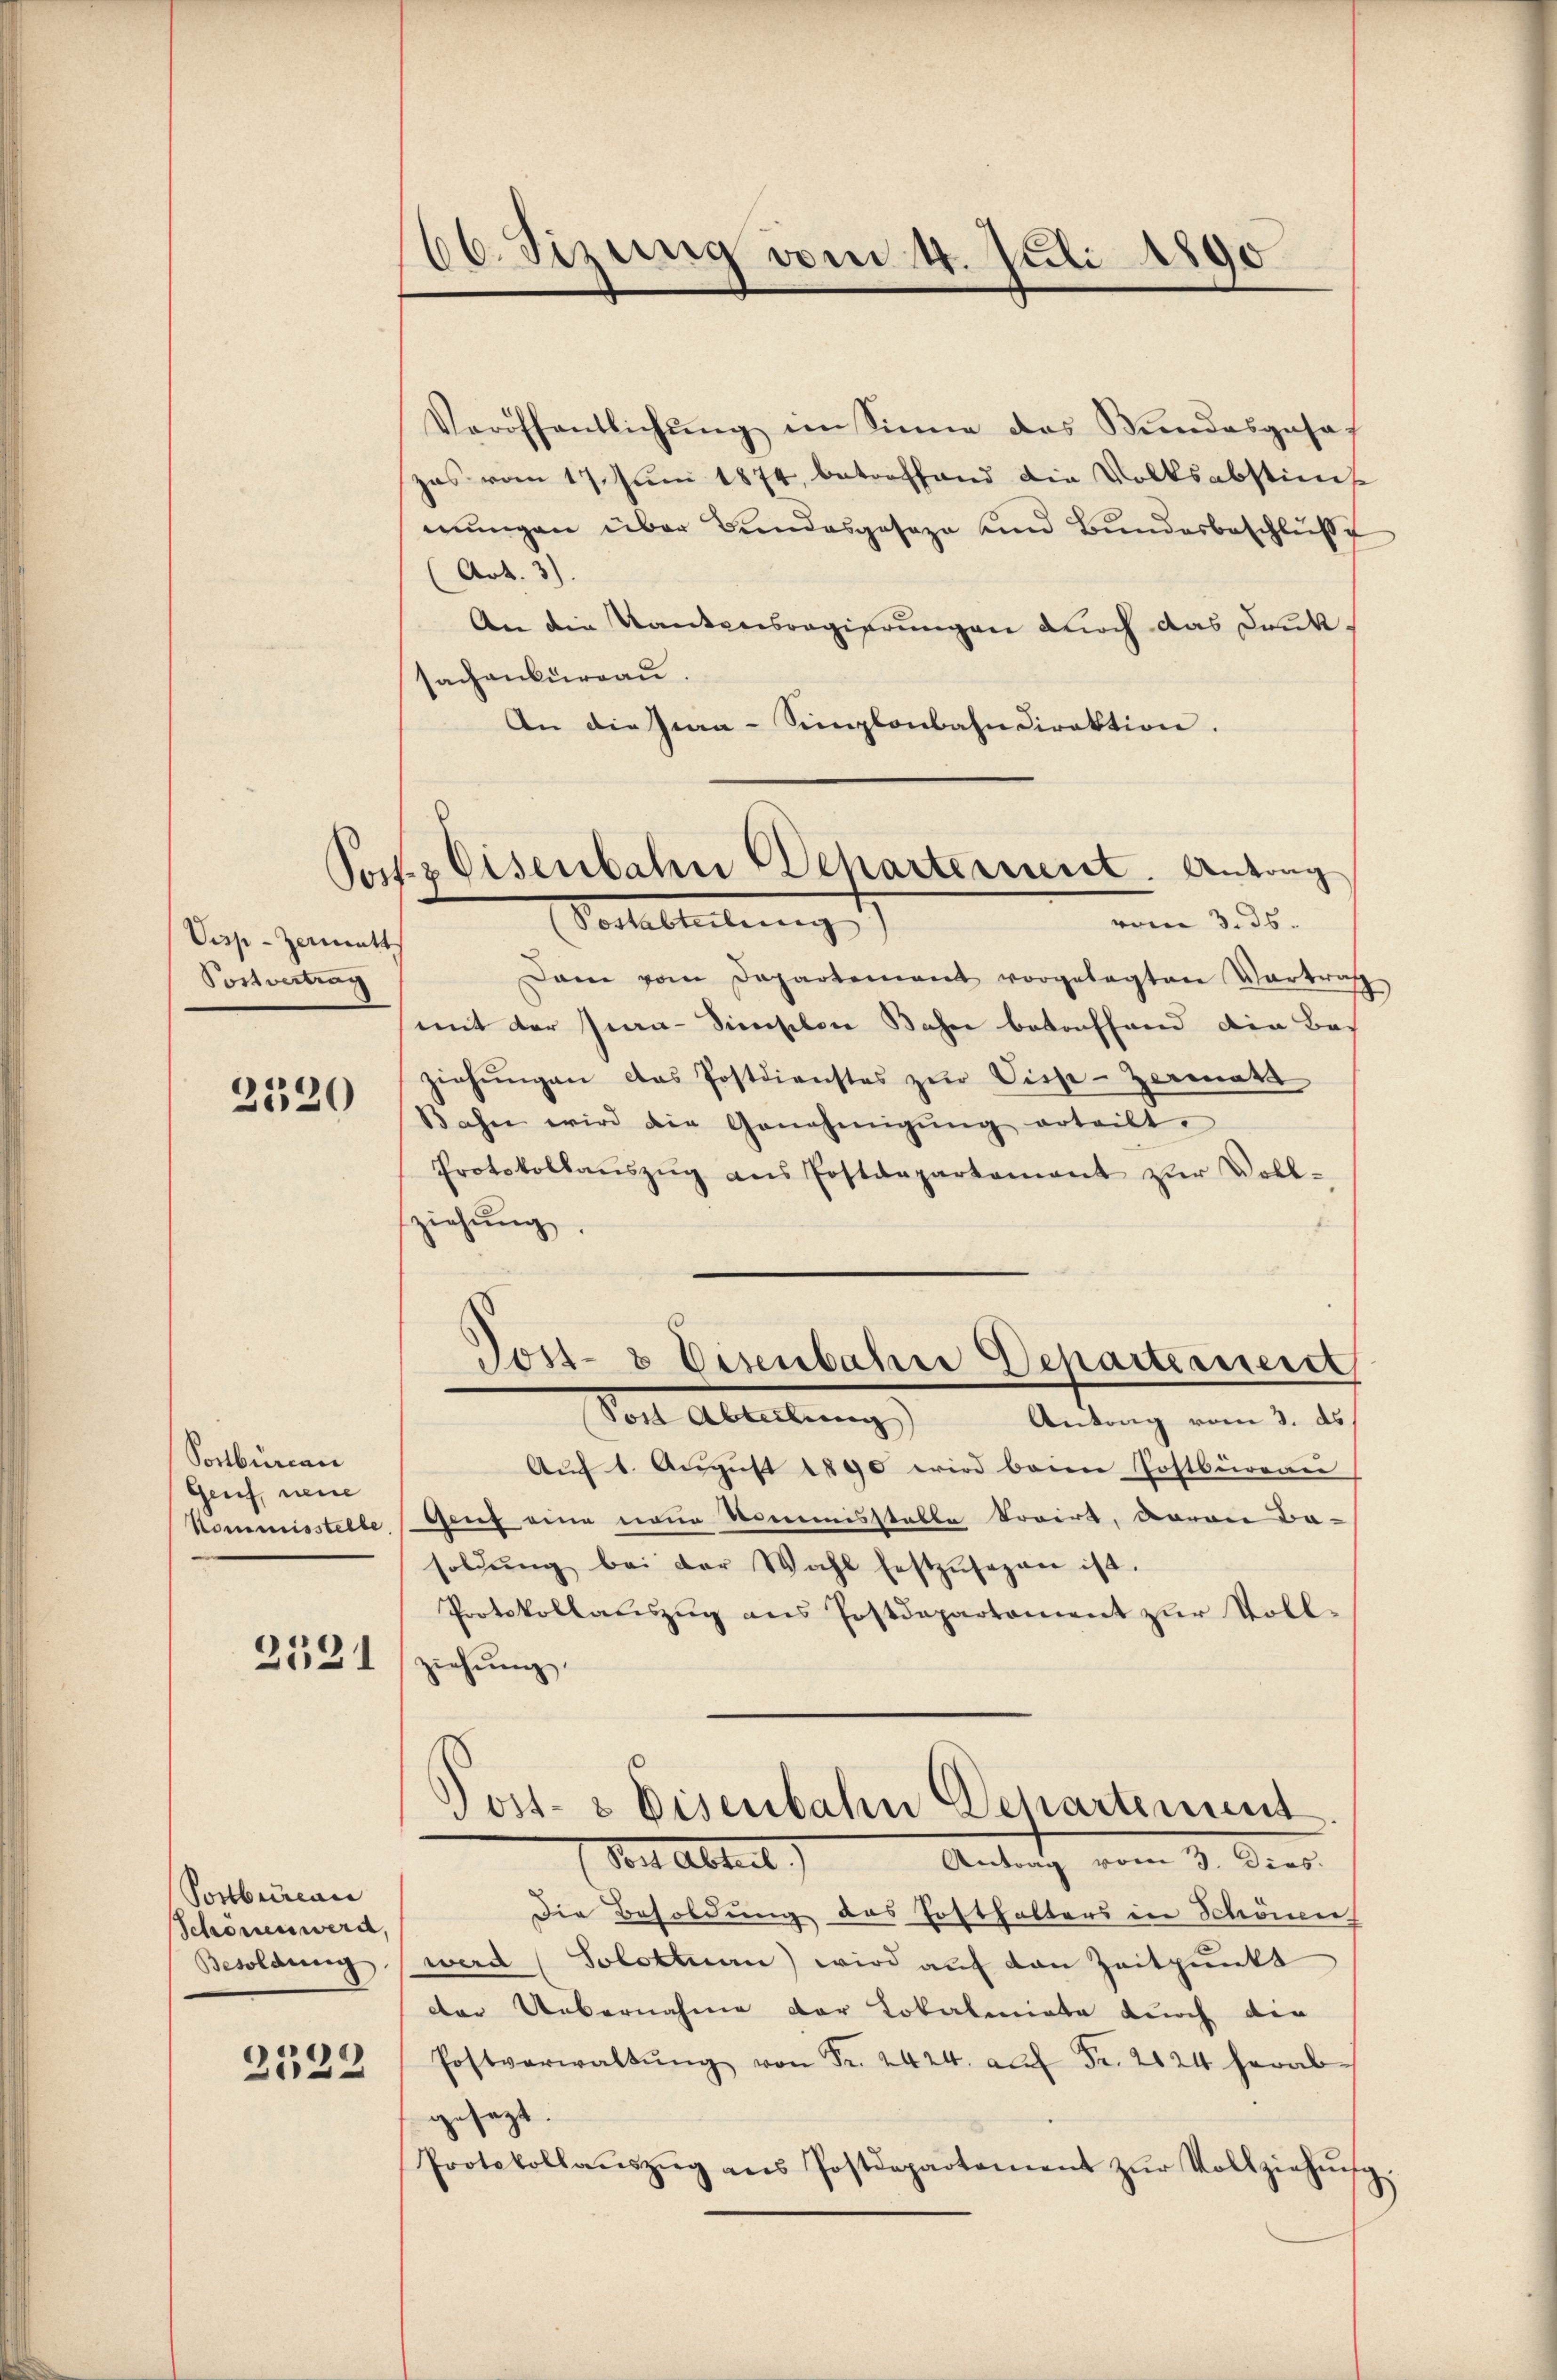
Visp-Zermatt
Sonvertung
2320

Postbüreau
Genf, neue
Kommisstelle

2121

Portbrican
Schonen werd,
Besoldung
2522

66. Sizung vom 4. Juli 1890

Posts Eisenbahn Departement. Antrag
Vorstelleitung 1.)
vom 3. ds.

Veröffentlichŭng im Sinne das Bundesgesa
zas vom 17. Jŭni 1874, betreffend die Volksabstimt
mungen über Bundesgeseze und Bundesbeschluße
(Art. 3).
An die Kantonsregierungen durch das Danksachenkurrau
An die Pra-Simlonbahndirektion.
Dam vom Departement vorgelegten Vortrag
mit der Jia-Sinischon Bahn betonfhand die Bas
ziehŭngen das Postdienstes zŭr Visse-Zermats
Bahn wird die Genehmigŭng erteilt.
Protokollaŭszŭg ans Postdepartament zŭr Voll-
ziehung
Jost- & Eisenbahn Departement
Sont Abteilung
Antrag vom 3. ds.
Aŭf 1. Aŭgŭst 1890 wird beim Postbürea
Geuf eine neue Vermisstable droit, davon Basoldŭng bei der Wahl festzŭsezen ist.
Protokollauszug aus Postdepartement zur Voll-
iehung
Post- & Eisenbahn Departement
dons Abteil)
Antrag vom 3. Dies.
Die Besoldung des Posthalters in Schönen
wird (Solottuan) wird auf den Zeitpunkt
der Uebernahme der Lokaleniate durch die
Postverwaltŭng von Fr. 2424. aŭf Fr. 2124 herab-
gesezt.
Protokollaŭszŭg ans Postdepartement zŭr Vollziehŭng

n